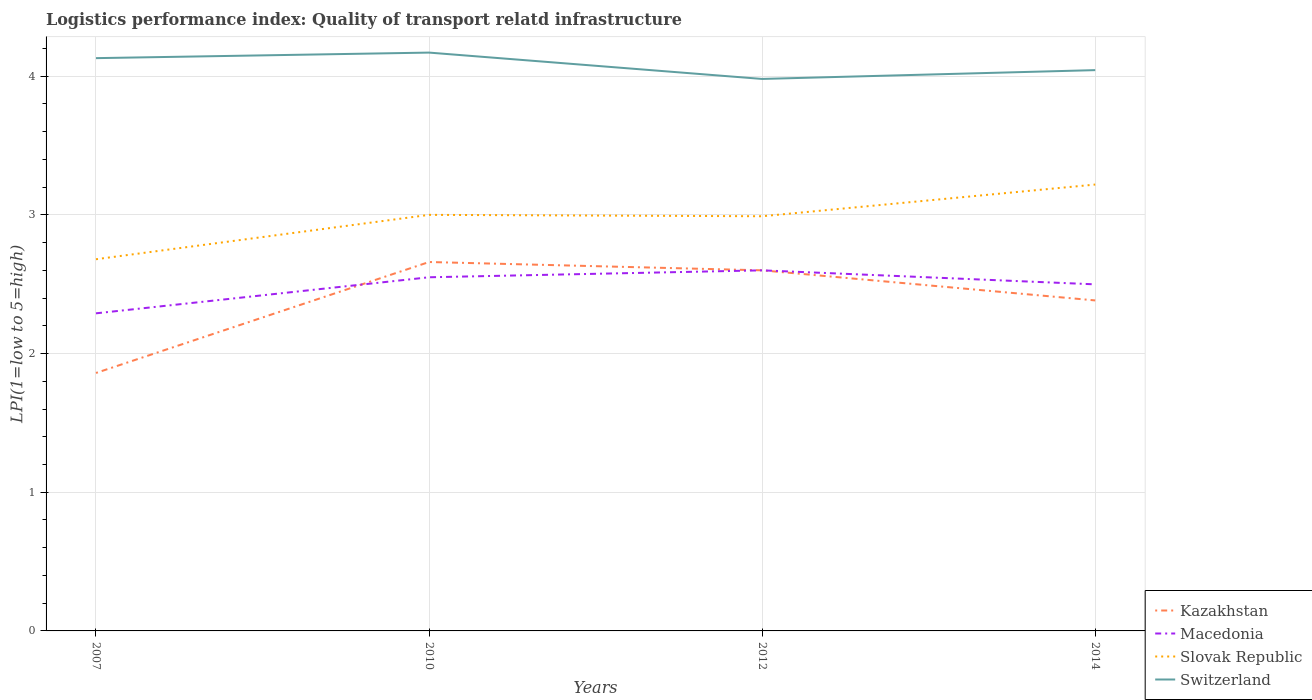
| Years | Kazakhstan | Macedonia | Slovak Republic | Switzerland |
 | --- | --- | --- | --- | --- |
 | 2007 | 1.86 | 2.29 | 2.68 | 4.13 |
 | 2010 | 2.66 | 2.55 | 3 | 4.17 |
 | 2012 | 2.6 | 2.6 | 2.99 | 3.98 |
 | 2014 | 2.38 | 2.5 | 3.22 | 4.04 |